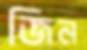
জিন